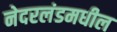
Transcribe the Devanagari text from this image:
नेदरलंडमधील